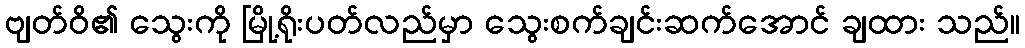
ဗျတ်ဝိ၏ သွေးကို မြို့ရိုးပတ်လည်မှာ သွေးစက်ချင်းဆက်အောင် ချထား သည်။